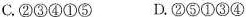
C.②③④①⑤ D.②⑤①③④